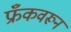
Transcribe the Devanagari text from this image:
फ्रँकवरून